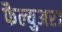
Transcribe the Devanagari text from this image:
फैल्युअर।